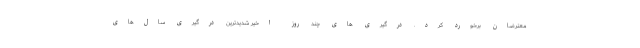
معترضان برخورد کرد. درگیری های چند روز اخیر شدیدترین درگیری سال‌های